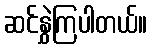
ဆင်နွှဲကြပါတယ်။